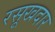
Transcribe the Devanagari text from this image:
रसूखदार